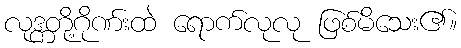
လုဒ္ကတို့ဂိုဏ်းထဲ ရောက်လုလု ဖြစ်မိသေး၏။